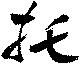
托